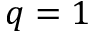
q = 1